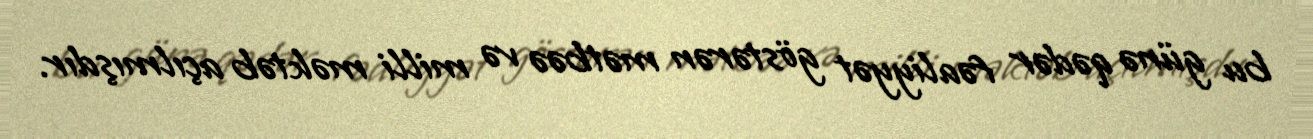
bu günə qədər fəaliyyət göstərən mətbəə və milli məktəb açılmışdır.